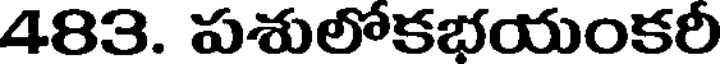
483. పశులోకభయంకరీ